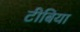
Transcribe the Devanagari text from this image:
टीबिया